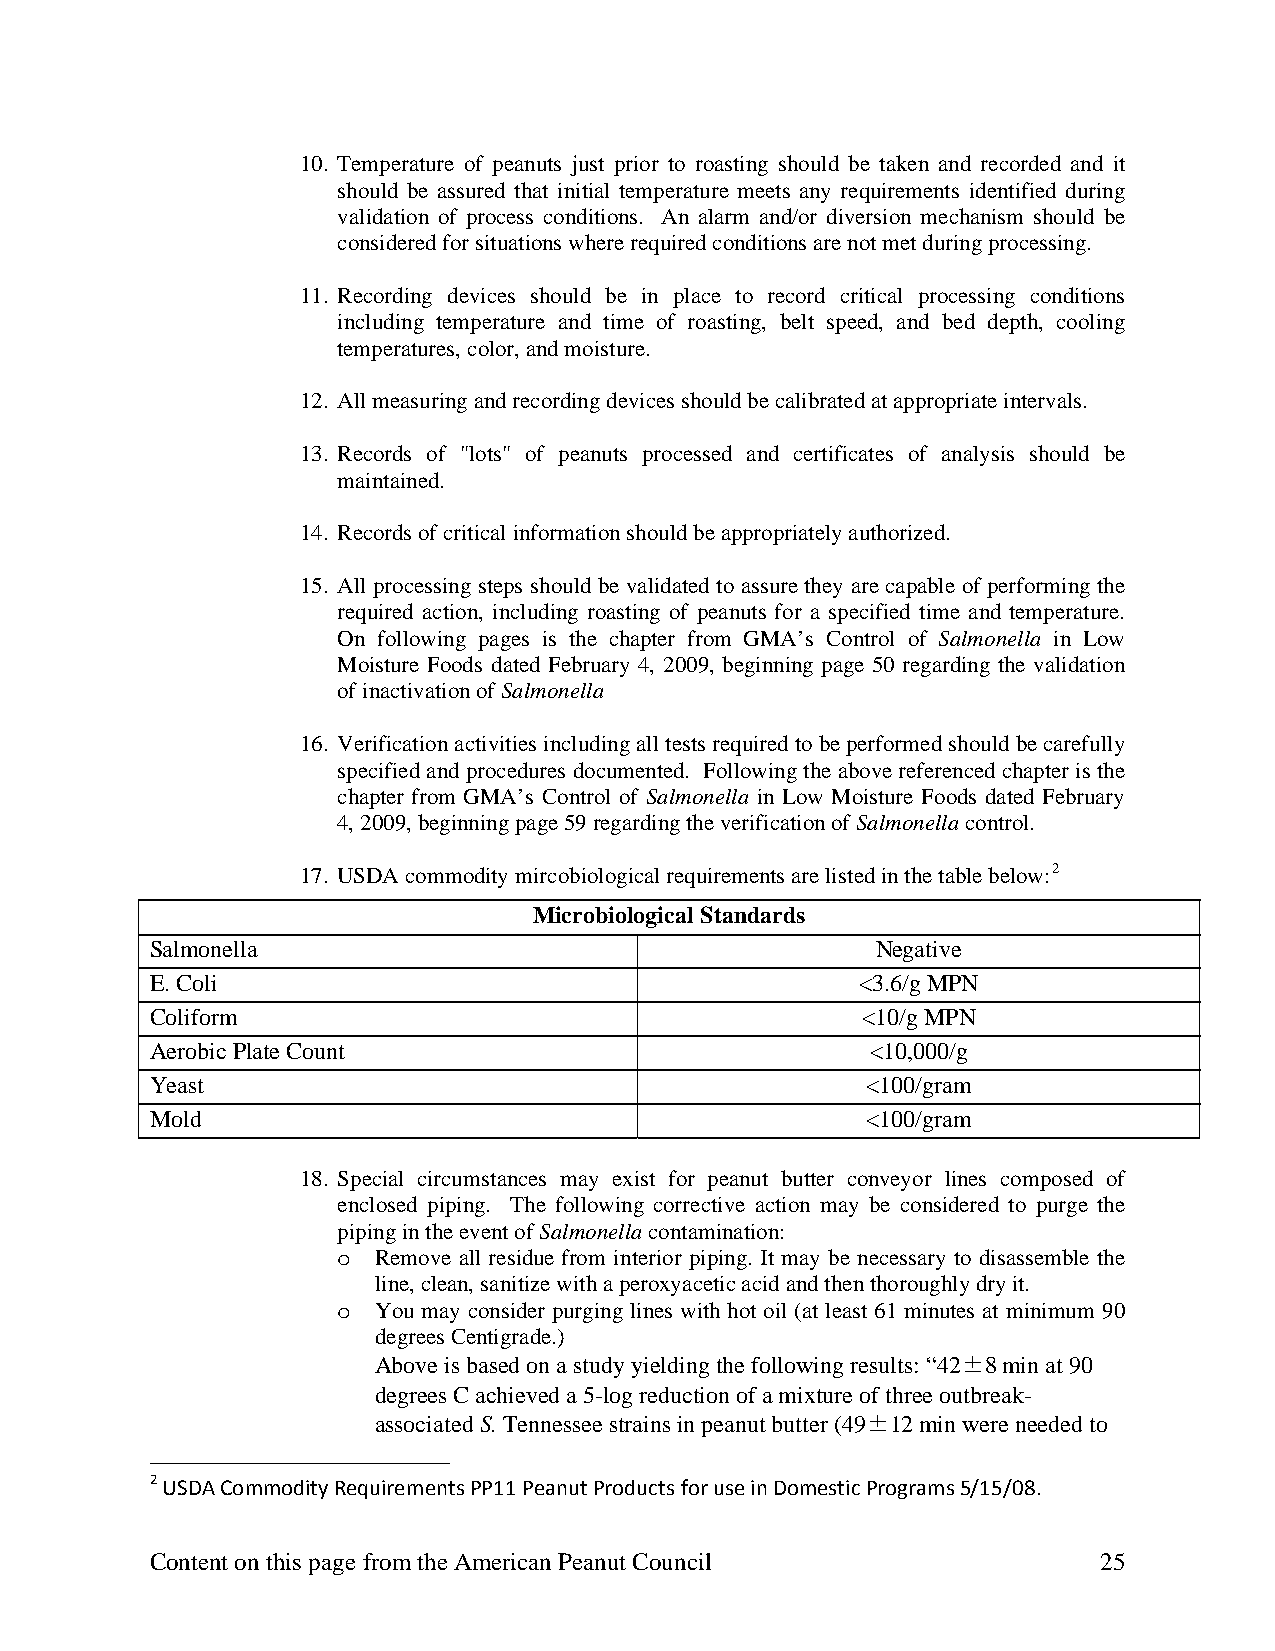
10. Temperature of peanuts just prior to roasting should be taken and recorded and it
 should be assured that initial temperature meets any requirements identified during
 validation of process conditions. An alarm and/or diversion mechanism should be
 considered for situations where required conditions are not met during processing.
 11. Recording devices should be in place to record critical processing conditions
 including temperature and time of roasting, belt speed, and bed depth, cooling
 temperatures, color, and moisture.
 12. All measuring and recording devices should be calibrated at appropriate intervals.
 13. Records of "lots" of peanuts processed and certificates of analysis should be
 maintained.
 14. Records of critical information should be appropriately authorized.
 15. All processing steps should be validated to assure they are capable of performing the
 required action, including roasting of peanuts for a specified time and temperature.
 On following pages is the chapter from GMA’s Control of Salmonella in Low
 Moisture Foods dated February 4, 2009, beginning page 50 regarding the validation
 of inactivation of Salmonella
 16. Verification activities including all tests required to be performed should be carefully
 specified and procedures documented. Following the above referenced chapter is the
 chapter from GMA’s Control of Salmonella in Low Moisture Foods dated February
 4, 2009, beginning page 59 regarding the verification of Salmonella control.
 17. USDA commodity mircobiological requirements are listed in the table below:2
 Microbiological Standards
 Salmonella                                      Negative
 E. Coli                                        <3.6/g MPN
 Coliform                                       <10/g MPN
 Aerobic Plate Count                             <10,000/g
 Yeast                                          <100/gram
 Mold                                           <100/gram
 18. Special circumstances may exist for peanut butter conveyor lines composed of
 enclosed piping. The following corrective action may be considered to purge the
 piping in the event of Salmonella contamination:
 o  Remove all residue from interior piping. It may be necessary to disassemble the
 line, clean, sanitize with a peroxyacetic acid and then thoroughly dry it.
 o  You may consider purging lines with hot oil (at least 61 minutes at minimum 90
 degrees Centigrade.)
 Above is based on a study yielding the following results: “42±8 min at 90
 degrees C achieved a 5-log reduction of a mixture of three outbreak-
 associated S. Tennessee strains in peanut butter (49±12 min were needed to
 2 USDA Commodity Requirements PP11 Peanut Products for use in Domestic Programs 5/15/08.
 Content on this page from the American Peanut Council          25